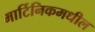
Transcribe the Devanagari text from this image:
मार्टिनिकमधील